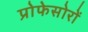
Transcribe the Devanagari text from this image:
प्रोफेसोरों